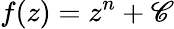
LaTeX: f(z)=z^{n}+\mathscr{C}